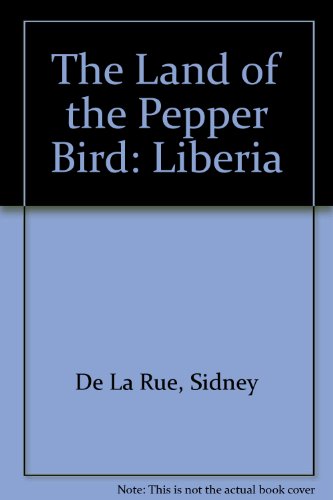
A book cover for The land of the pepper bird;: Liberia;; Sidney De La Rue; Travel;